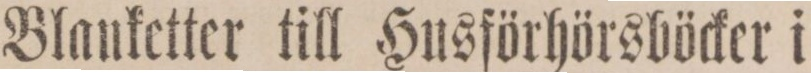
Blanketter till Husförhörsböcker i